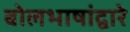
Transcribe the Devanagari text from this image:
बोलभाषांद्वारे